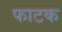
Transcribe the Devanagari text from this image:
फाटक